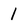
Character: 1